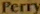
Perry